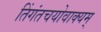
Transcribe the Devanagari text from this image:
तिंगंतचयोवाक्यम्